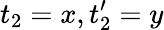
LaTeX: t_{2}=x,t_{2}^{\prime}=y